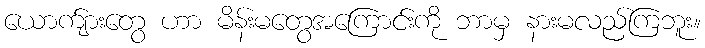
ယောက်ျားတွေ ဟာ မိန်းမတွေအကြောင်းကို ဘာမှ နားမလည်ကြဘူး။